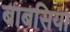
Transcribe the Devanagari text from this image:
बाबसिया